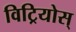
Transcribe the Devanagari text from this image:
विट्रियोस्